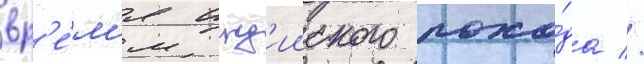
вр'е́м'я инд'ииского похо́да //